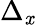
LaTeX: \Delta_{\mathit{x}}